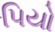
પિયો